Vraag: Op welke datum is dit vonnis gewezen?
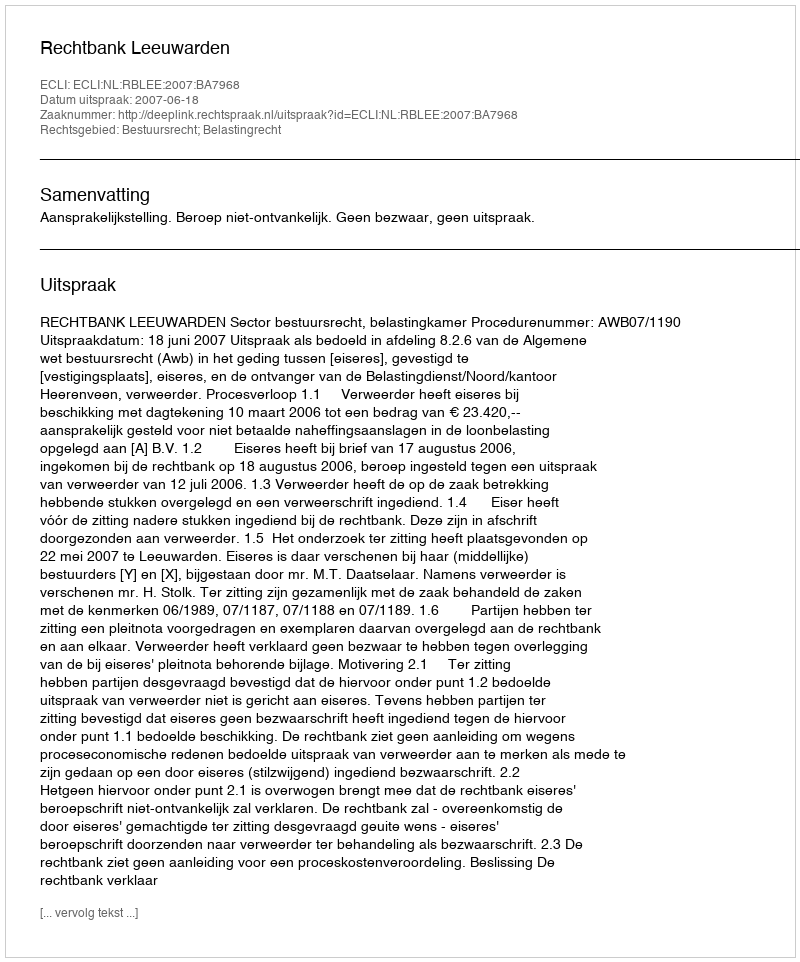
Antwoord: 2007-06-18